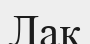
Лак